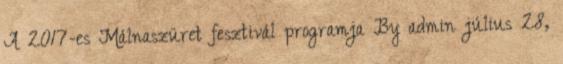
A 2017-es Málnaszüret fesztivál programja By admin július 28,